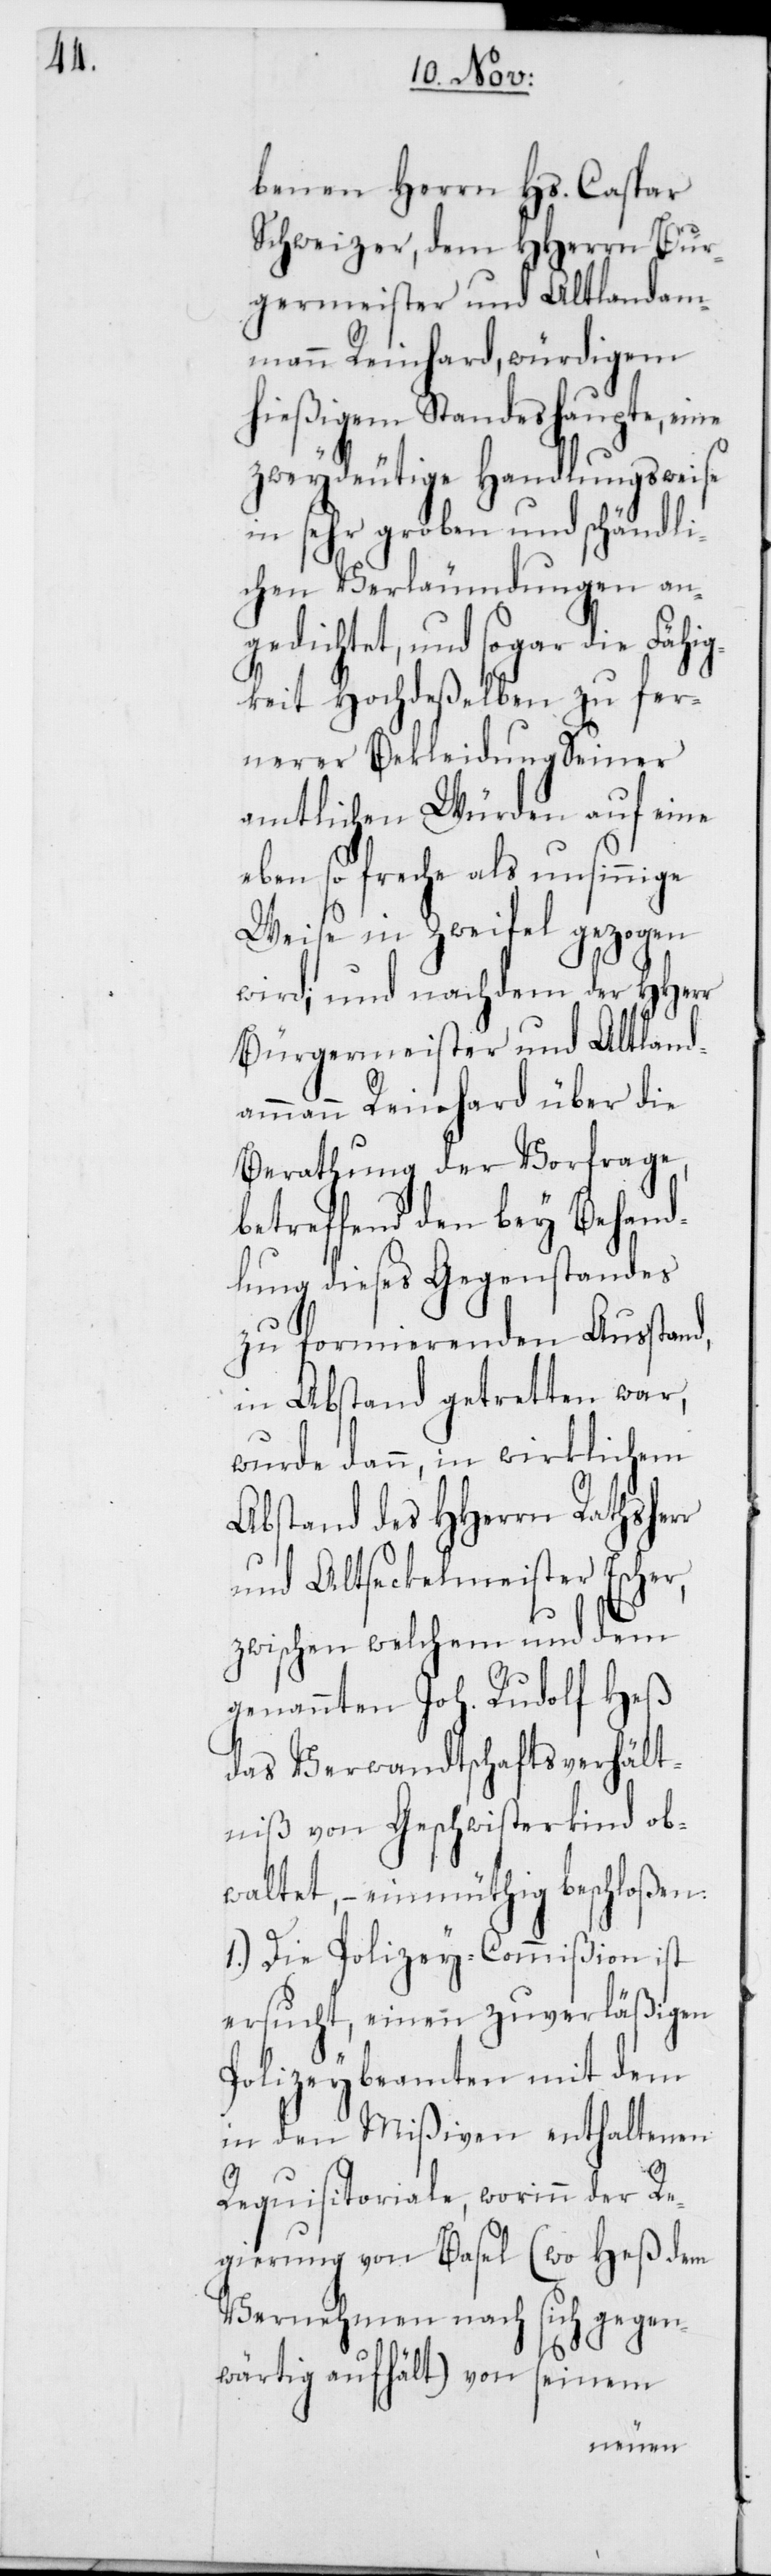
benen Herrn Hs. Caspar
Schweizer, dem HHerrn Bur¬
germeister und Altlandam¬
mann Reinhard, würdigem
hießigen Standeshaupte, eine
zweydeutige Handlungsweise
in sehr groben und schändli¬
chen Verleumdungen an¬
gedichtet, und sogar die Fähig¬
keit Hochdeßelben zu fer¬
nerer Bekleidung Seiner
amtlichen Würden auf eine
eben so freche als unsinnige
Weise in Zweifel gezogen
wird; und nachdem der HHerr
Bürgermeister und Altland¬
ammann Reinhard über die
Berathung der Vorfrage,
betreffend den bey Behand¬
lung dieses Gegenstandes
zu formierenden Ausstand,
in Abstand getretten war,
wurde dannn, in wirklichem
Abstand des HHerren Rathsherr
und Altseckelmeister Escher,
zwischen welchem und dem
genannten Joh. Rudolf Heß
das Verwandtschaftsverhält¬
niß von Geschwisterkind ob¬
waltet, – einmüthig beschloßen:
1.) Die Polizey-Commißion ist
ersucht, einen zuverläßigen
Polizeybeamten mit dem
in den Mißiven enthaltenen
Requisitoriale, worinn der Re¬
gierung von Basel (wo Heß dem
Vernehmen nach sich gegen¬
wärtig aufhält) von seinem